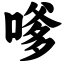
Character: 嗲